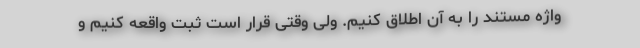
واژه مستند را به آن اطلاق کنیم. ولی وقتی قرار است ثبت واقعه کنیم و